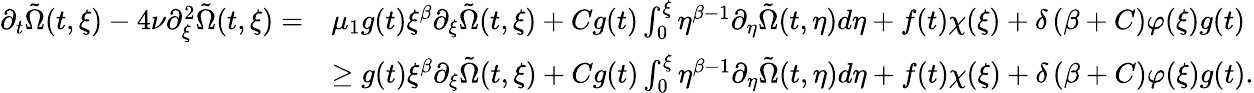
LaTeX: \begin{array}{rl}{\partial_{t}\tilde{\Omega}(t,\xi)-4\nu\partial_{\xi}^{2}\tilde{\Omega}(t,\xi)=}&{\mu_{1}g(t)\xi^{\beta}\partial_{\xi}\tilde{\Omega}(t,\xi)+Cg(t)\int_{0}^{\xi}\eta^{\beta-1}\partial_{\eta}\tilde{\Omega}(t,\eta)d\eta+f(t)\chi(\xi)+\delta\left(\beta+C\right)\varphi(\xi)g(t)}\\ &{\geq g(t)\xi^{\beta}\partial_{\xi}\tilde{\Omega}(t,\xi)+Cg(t)\int_{0}^{\xi}\eta^{\beta-1}\partial_{\eta}\tilde{\Omega}(t,\eta)d\eta+f(t)\chi(\xi)+\delta\left(\beta+C\right)\varphi(\xi)g(t).}\end{array}